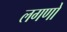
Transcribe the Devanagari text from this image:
लगणों